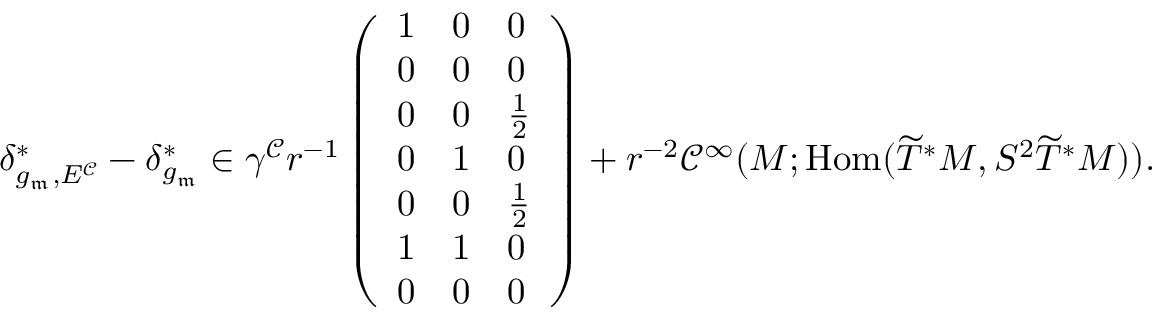
\delta _ { g _ { \mathfrak { m } } , E ^ { \mathcal C } } ^ { * } - \delta _ { g _ { \mathfrak { m } } } ^ { * } \in \gamma ^ { \mathcal C } r ^ { - 1 } \left( \begin{array} { l l l } { 1 } & { 0 } & { 0 } \\ { 0 } & { 0 } & { 0 } \\ { 0 } & { 0 } & { { \frac { 1 } { 2 } } } \\ { 0 } & { 1 } & { 0 } \\ { 0 } & { 0 } & { { \frac { 1 } { 2 } } } \\ { 1 } & { 1 } & { 0 } \\ { 0 } & { 0 } & { 0 } \end{array} \right) + r ^ { - 2 } \mathcal C ^ { \infty } ( M ; \operatorname { H o m } ( \widetilde T ^ { * } M , S ^ { 2 } \widetilde T ^ { * } M ) ) .